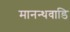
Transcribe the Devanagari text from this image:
मानन्थवाडि